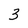
Character: 3